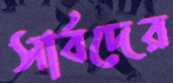
সার্বদের